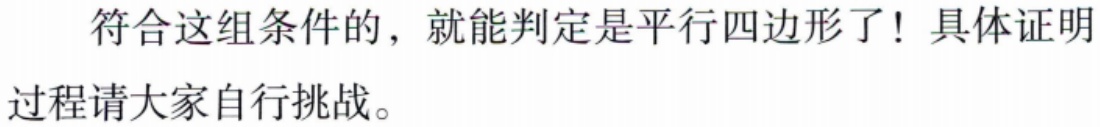
符合这组条件的，就能判定是平行四边形了！具体证明过程请大家自行挑战。